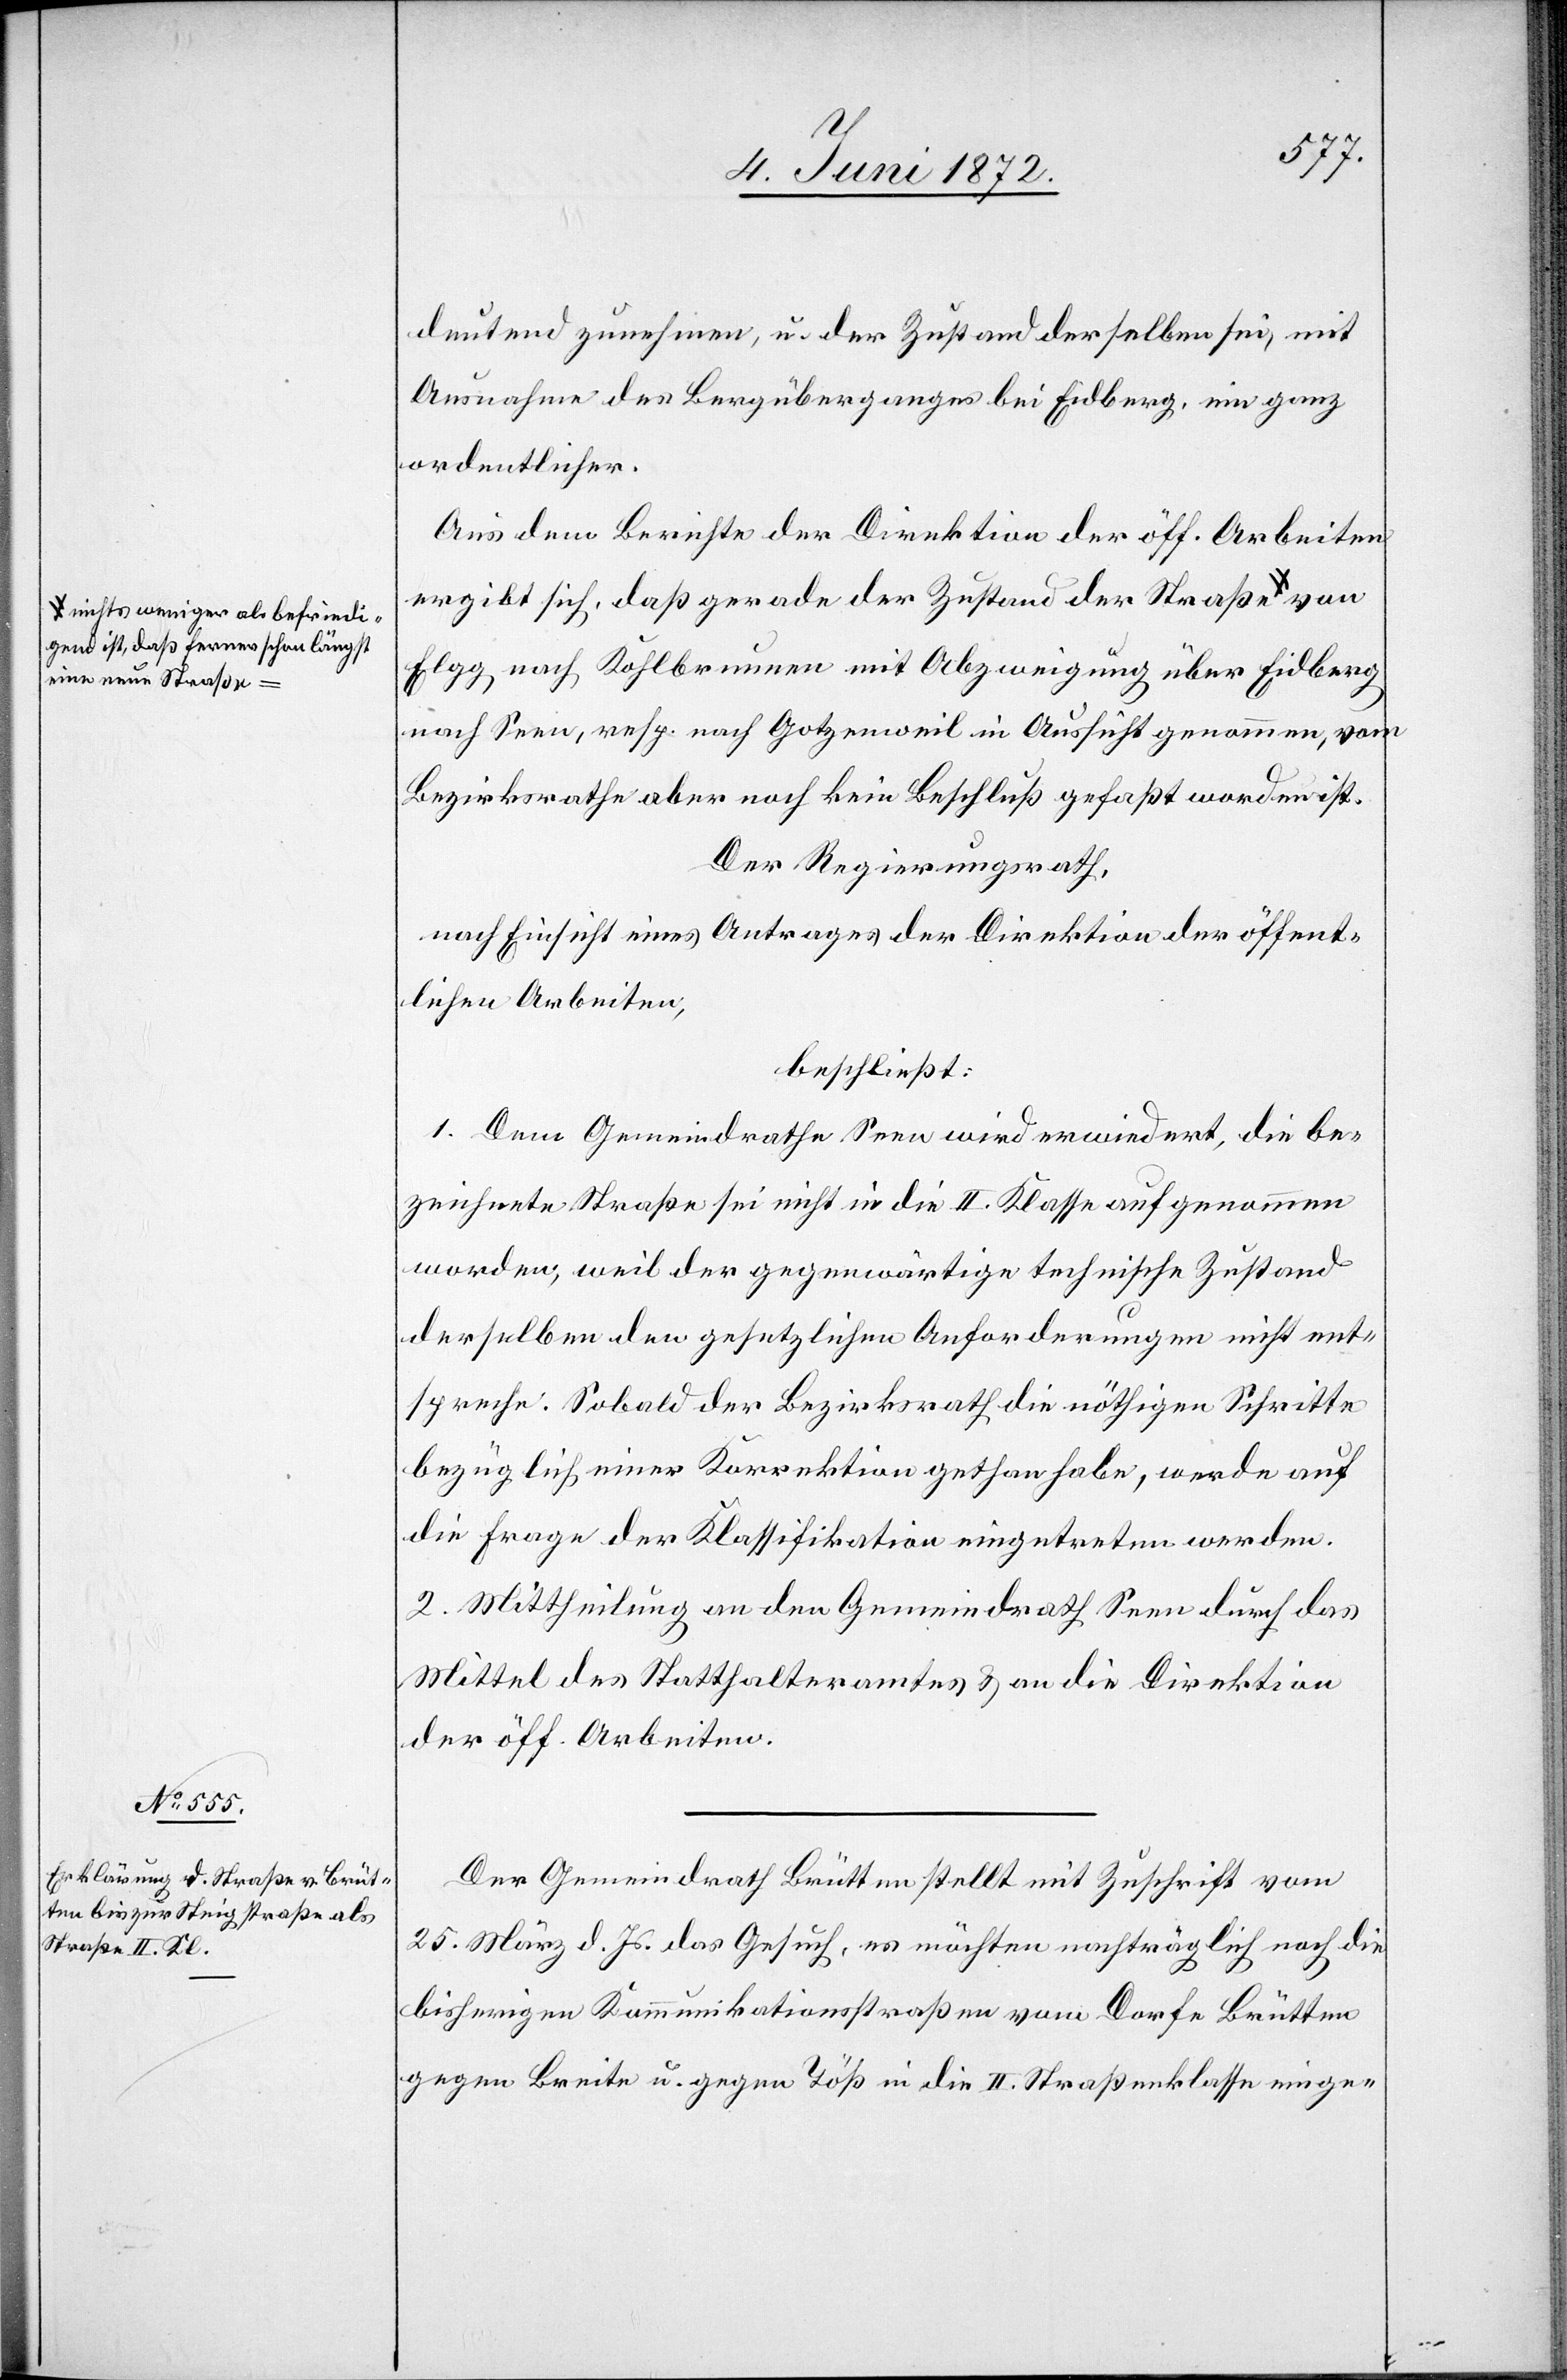
ichts weniger als befriedi¬
gend ist, daß ferner schon längst
eine neue Straße-a

deutend zunehmen, u. der Zustand derselben sei, mit
Ausnahme des Bergüberganges bei Eidberg, ein ganz
ordentlicher.
Aus dem Berichte der Direktion der öff. Arbeiten
ergibt sich, daß gerade der Zustand der Straße a-n¬
Elgg nach Kohlbrunnen mit Abzweigung über Eidberg
nach Seen, resp. nach Gotzenweil in Aussicht genommen, vom
Bezirksrathe aber noch kein Beschluß gefaßt worden ist.
Der Regierungsrath,
nach Einsicht eines Antrages der Direktion der öffent¬
lichen Arbeiten,
beschließt:
1. Dem Gemeindrathe Seen wird erwiedert, die be¬
zeichnete Straße sei nicht in die II. Klasse aufgenommen
worden, weil der gegenwärtige technische Zustand
derselben den gesetzlichen Anforderungen nicht ent¬
spreche. Sobald der Bezirksrath die nöthige Schritte
bezüglich einer Korrektion gethan habe, werde auf
die Frage der Klassifikation eingetreten werden.
2. Mittheilung an den Gemeindrath Seen durch das
Mittel des Statthalteramtes u. an die Direktion
der öff. Arbeiten.
Der Gemeindrath Brütten stellt mit Zuschrift vom
25. März d. Js. das Gesuch, es möchten nachträglich noch die
bisherigen Kommunikationsstraßen vom Dorfe Brütten
gegen Breite u. gegen Töß in die II. Straßenklasse einge-